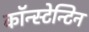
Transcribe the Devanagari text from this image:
कॉन्स्टेन्टिन